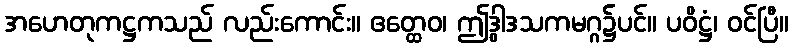
အဟေတုကဋ္ဌကသည် လည်းကောင်း။ ဧတ္ထေဝ၊ ဤဒွါဒသကမဂ္ဂ၌ပင်။ ပဝိဋ္ဌံ၊ ဝင်ပြီ။